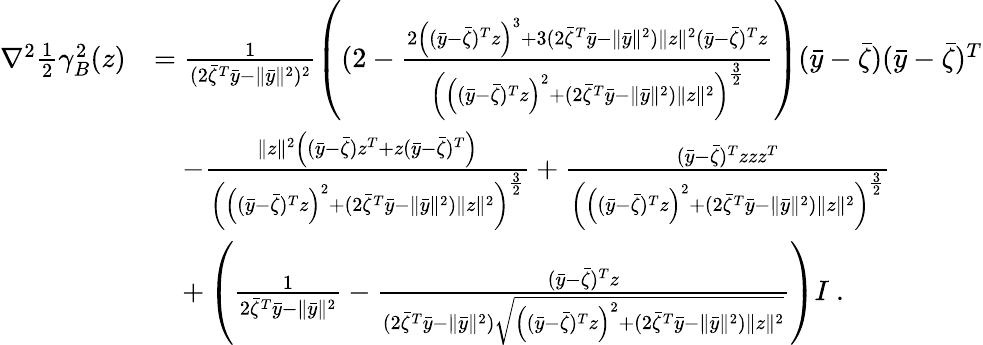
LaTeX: \begin{array}{rl}{\nabla^{2}\frac{1}{2}\gamma_{B}^{2}(z)}&{=\frac{1}{(2\bar{\zeta}^{T}\bar{y}-\| \bar{y}\| ^{2})^{2}}\left((2-\frac{2\left((\bar{y}-\bar{\zeta})^{T}z\right)^{3}+3(2\bar{\zeta}^{T}\bar{y}-\| \bar{y}\| ^{2})\| z\| ^{2}(\bar{y}-\bar{\zeta})^{T}z}{\left(\left((\bar{y}-\bar{\zeta})^{T}z\right)^{2}+(2\bar{\zeta}^{T}\bar{y}-\| \bar{y}\| ^{2})\| z\| ^{2}\right)^{\frac{3}{2}}}\right)(\bar{y}-\bar{\zeta})(\bar{y}-\bar{\zeta})^{T}}\\ &{\quad-\frac{\| z\| ^{2}\left((\bar{y}-\bar{\zeta})z^{T}+z(\bar{y}-\bar{\zeta})^{T}\right)}{\left(\left((\bar{y}-\bar{\zeta})^{T}z\right)^{2}+(2\bar{\zeta}^{T}\bar{y}-\| \bar{y}\| ^{2})\| z\| ^{2}\right)^{\frac{3}{2}}}+\frac{(\bar{y}-\bar{\zeta})^{T}zzz^{T}}{\left(\left((\bar{y}-\bar{\zeta})^{T}z\right)^{2}+(2\bar{\zeta}^{T}\bar{y}-\| \bar{y}\| ^{2})\| z\| ^{2}\right)^{\frac{3}{2}}}}\\ &{\quad+\left(\frac{1}{2\bar{\zeta}^{T}\bar{y}-\| \bar{y}\| ^{2}}-\frac{(\bar{y}-\bar{\zeta})^{T}z}{(2\bar{\zeta}^{T}\bar{y}-\| \bar{y}\| ^{2})\sqrt{\left((\bar{y}-\bar{\zeta})^{T}z\right)^{2}+(2\bar{\zeta}^{T}\bar{y}-\| \bar{y}\| ^{2})\| z\| ^{2}}}\right)I\ .}\end{array}